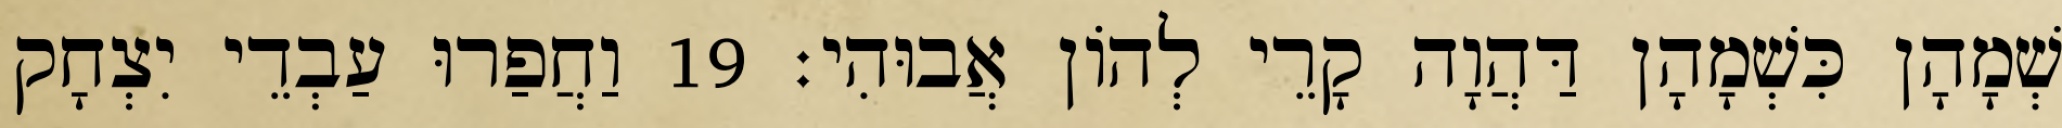
שְׁמָהָן כִּשְׁמָהָן דַּהֲוָה קָרֵי לְהוֹן אֲבוּהִי׃ 19 וַחֲפַרוּ עַבְדֵי יִצְחָק